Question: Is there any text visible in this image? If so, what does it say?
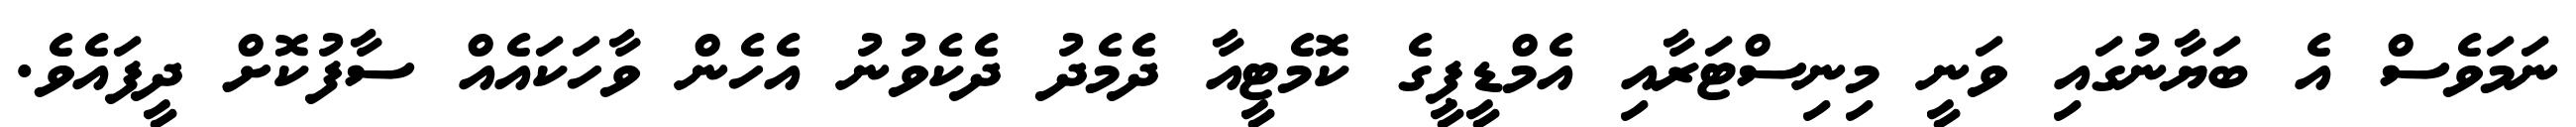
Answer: ނަމަވެސް އެ ބަޔާނުގައި ވަނީ މިނިސްޓަރާއި އެމްޑީޕީގެ ކޮމެޓީއާ ދެމެދު ދެކެވުނު އެހެން ވާހަކައެއް ސާފުކޮށް ދީފައެވެ.